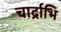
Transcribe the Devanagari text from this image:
चार्द्राभि